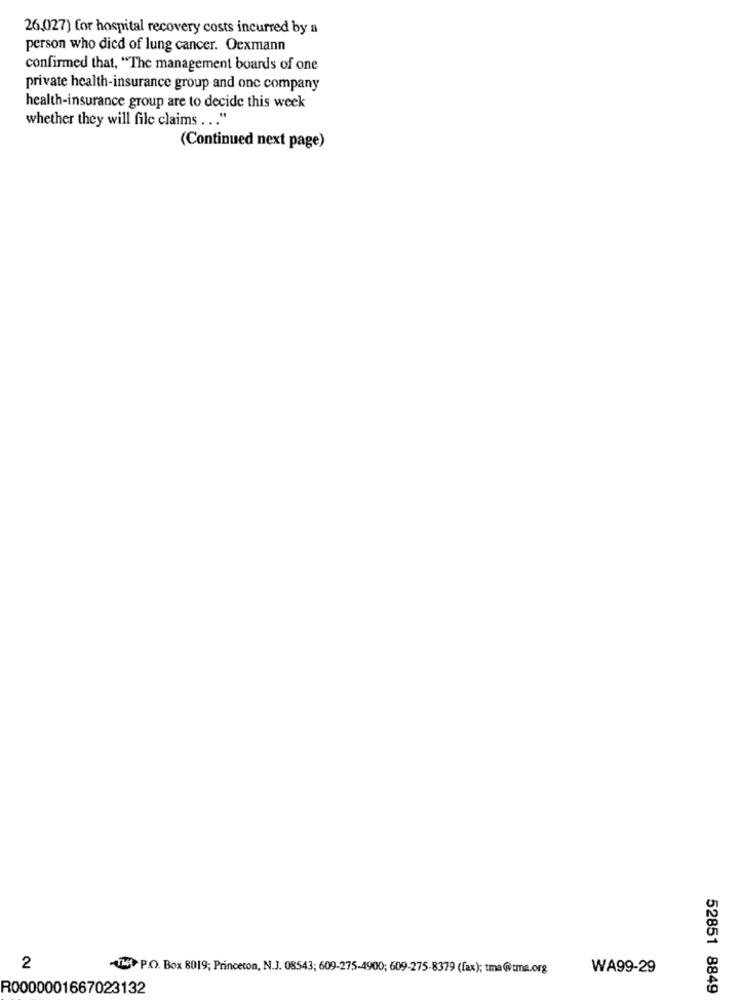
26.027) for hospital recovery costs incurred by a
person who died of lung cancer. Oexmann
confirmed that, "The management boards of one
private health-insurance group and one company
health-insurance group are to decide this week
whether they will file claims ... "
(Continued next page)
2
UM P.O. Box 8019; Princeton, N.J. 08543; 609-275-4900; 609-275-8379 (fax); tma@tma.org
WA99-29
R0000001667023132
52851 8849